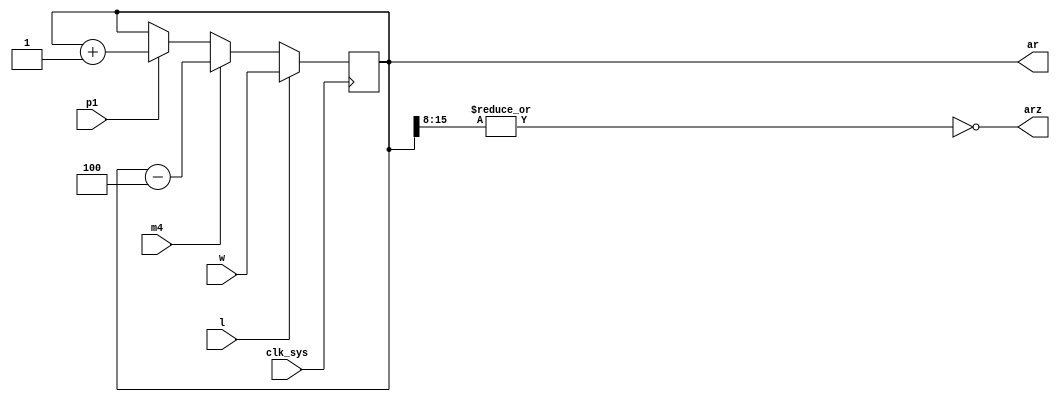
// This program was cloned from: https://github.com/jakubfi/mera400f
// License: GNU General Public License v2.0

// Address register (AR)

module ar(
	input clk_sys,
	input p1,
	input m4,
	input l,
	input [0:15] w,
	output arz,
	output reg [0:15] ar
);

	always @ (posedge clk_sys) begin
		if (l) ar <= w;
		else begin
			if (m4) ar <= ar - 3'd4;
			else if (p1) ar <= ar + 1'b1;
		end
	end

	assign arz = ~|ar[0:7];

endmodule

// vim: tabstop=2 shiftwidth=2 autoindent noexpandtab